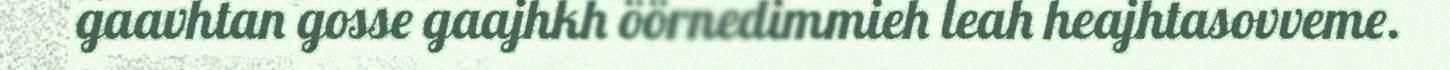
gaavhtan gosse gaajhkh öörnedimmieh leah heajhtasovveme.